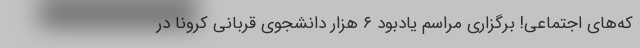
که‌های اجتماعی! برگزاری مراسم یادبود ۶ هزار دانشجوی قربانی کرونا در